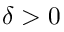
\delta > 0